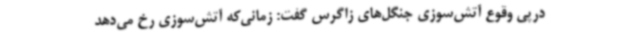
درپی وقوع آتش‌سوزی‌ جنگل‌های زاگرس گفت:‌ زمانی‌که آتش‌سوزی رخ می‌دهد